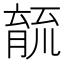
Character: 𮌫